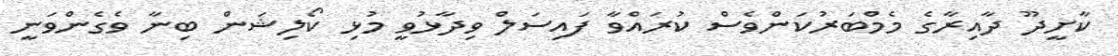
ކާށީދޫ ދާއިރާގެ މެމްބަރުކަންވެސް ކުރައްވާ ފައިސަލް ވިދާޅުވީ މުޅި ކޯލިޝަން ބިނާ ވެގެންވަނީ